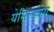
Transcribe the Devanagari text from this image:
येसिल्कोय